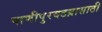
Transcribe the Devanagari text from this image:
पाणीपुरवठय़ासाठी